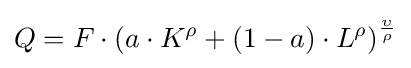
Q=F\cdot \left(a\cdot K^{\rho }+(1-a)\cdot L^{\rho }\right)^{\frac {\upsilon }{\rho }}